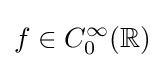
f\in C_{0}^{\infty }(\mathbb {R} )